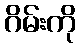
ဂိမ်းကို